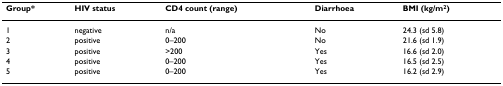
| Group* | HIV status | CD4 count (range) | Diarrhoea | BMI (kg/m2) |
 | --- | --- | --- | --- | --- |
 | 1 | negative | n/a | No | 24.3 (sd 5.8) |
 | 2 | positive | 0–200 | No | 21.6 (sd 1.9) |
 | 3 | positive | >200 | Yes | 16.6 (sd 2.0) |
 | 4 | positive | 0–200 | Yes | 16.5 (sd 2.5) |
 | 5 | positive | 0–200 | Yes | 16.2 (sd 2.9) |